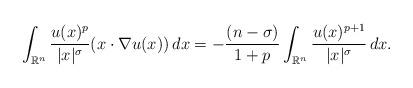
LaTeX: \begin{align*}\int_{\mathbb{R}^n} \frac{u(x)^p}{|x|^{\sigma}} (x\cdot \nabla u(x))\,dx = -\frac{(n-\sigma)}{1+p}\int_{\mathbb{R}^n} \frac{u(x)^{p+1}}{|x|^{\sigma}}\,dx.\end{align*}